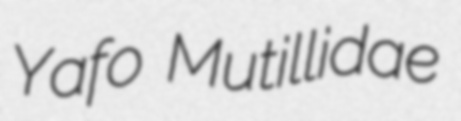
Yafo Mutillidae